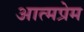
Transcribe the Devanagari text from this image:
आत्मप्रेम